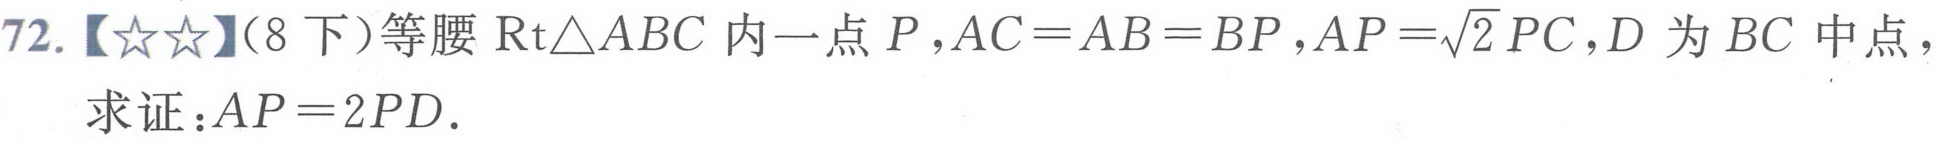
72.【★★】（8下）等腰 \(\text{Rt}\triangle ABC\) 内一点 \(P\)，\(AC = AB = BP\)，\(AP=\sqrt{2}PC\)，\(D\) 为 \(BC\) 中点，
求证：\(AP = 2PD\).